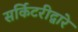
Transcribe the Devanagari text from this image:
सर्किटरीद्वारे